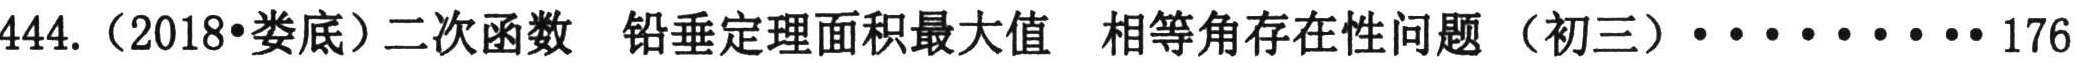
444.（2018•娄底）二次函数 铅垂定理面积最大值 相等角存在性问题（初三）·········176